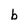
Character: b